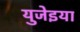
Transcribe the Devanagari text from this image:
युजेइया